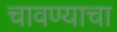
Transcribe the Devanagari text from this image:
चावण्याचा